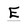
Character: E